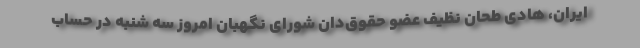
ایران، هادی طحان نظیف عضو حقوق‌دان شورای نگهبان امروز سه شنبه در حساب